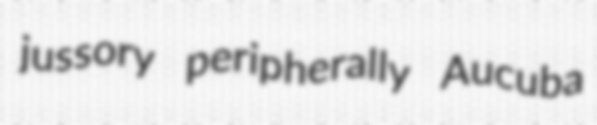
jussory peripherally Aucuba